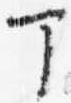
丁